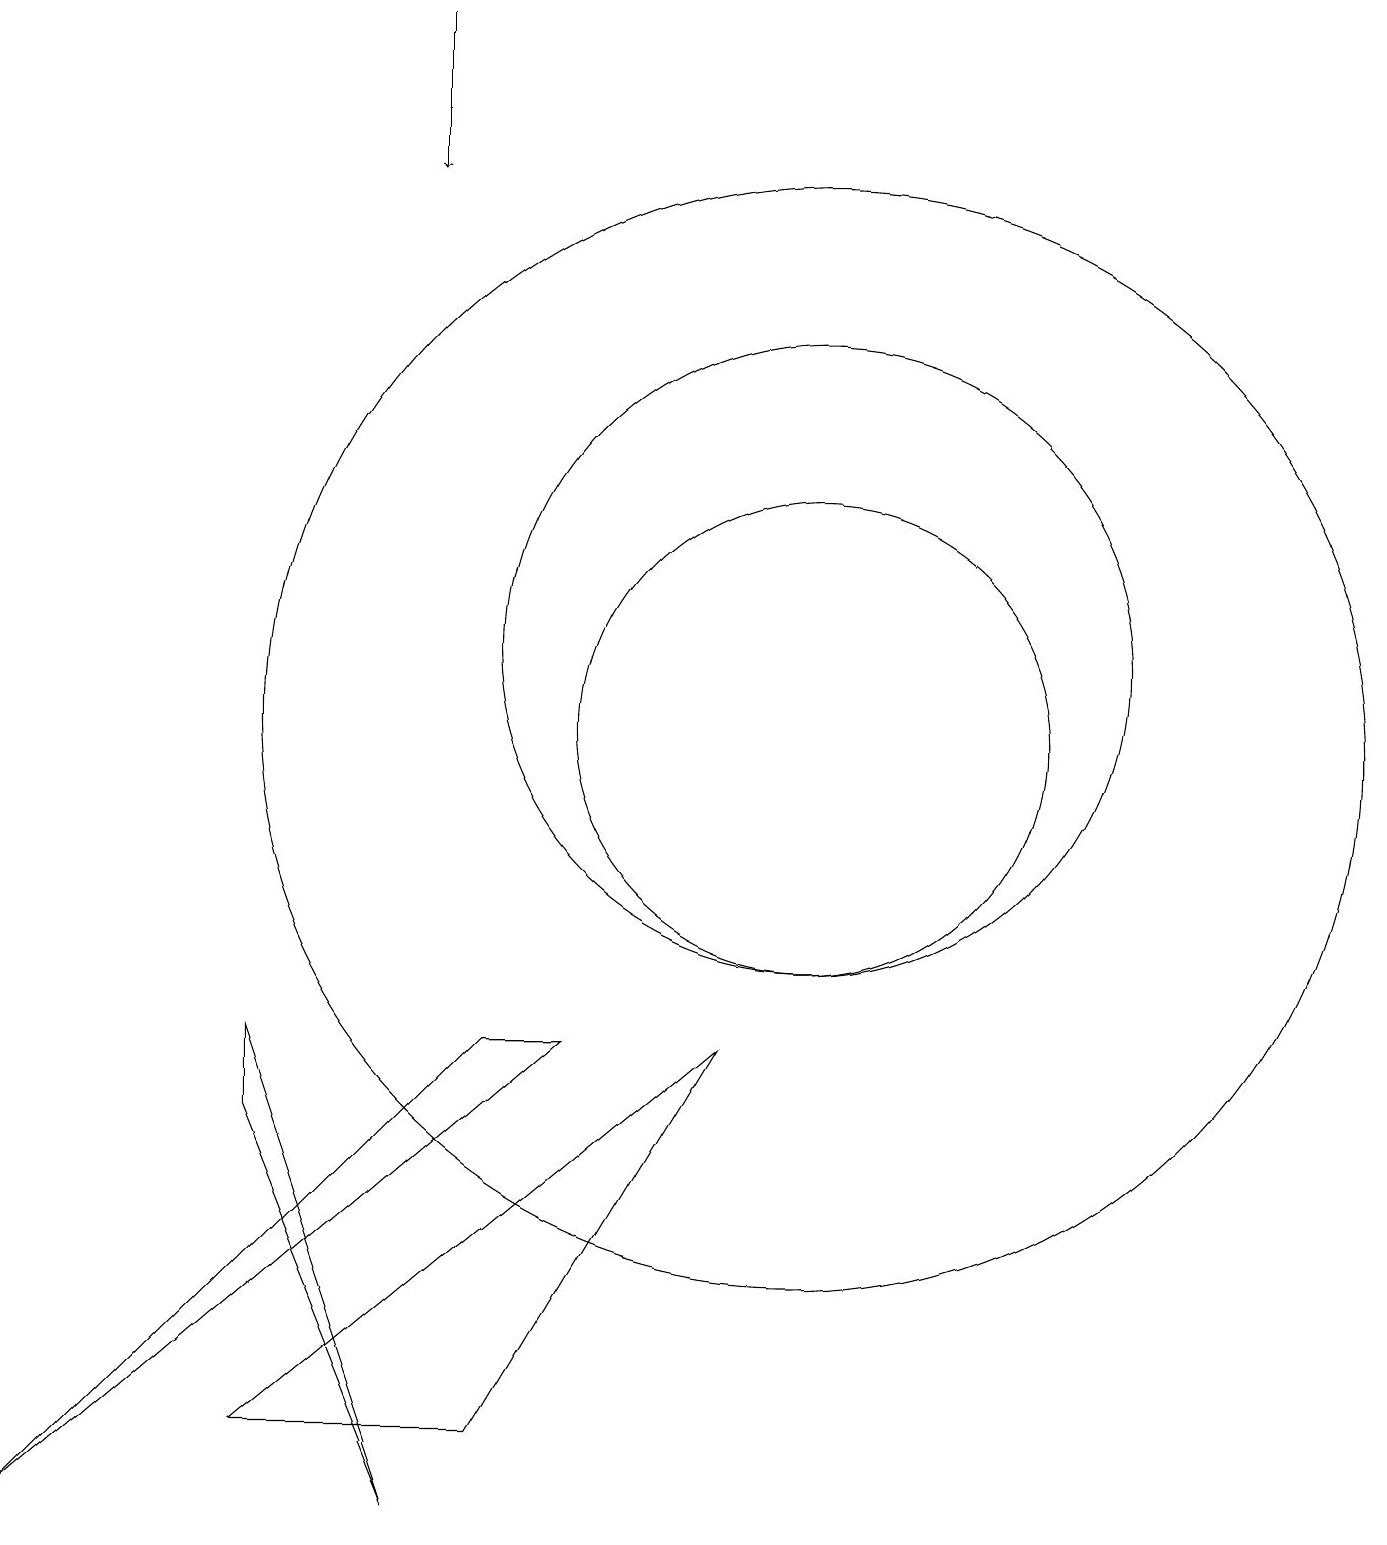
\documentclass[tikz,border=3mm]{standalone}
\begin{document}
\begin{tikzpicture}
\draw (0,0) -- (6,6) -- (7,6) -- cycle;
\draw (9,6) -- (6,1) -- (3,1) -- cycle;
\draw (3,5) -- (5,0) -- (3,6) -- cycle;
\draw (10,10) circle (7);
\draw (10,10) circle (3);
\draw (10,11) circle (4);
\draw[->] (5,19) -- (5,17);
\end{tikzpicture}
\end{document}